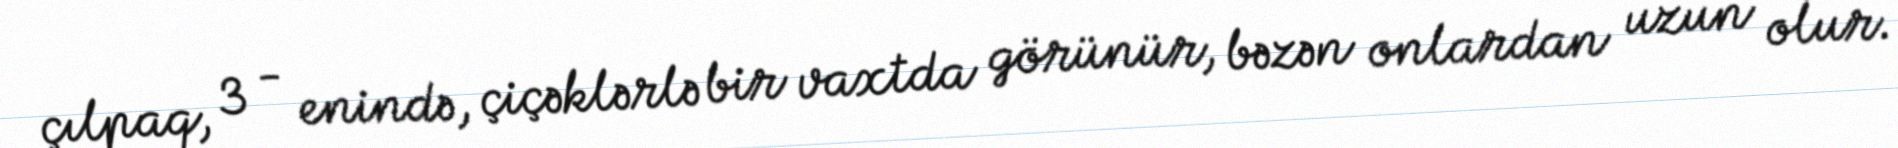
çılpaq, 3 - enində, çiçəklərlə bir vaxtda görünür, bəzən onlardan uzun olur.